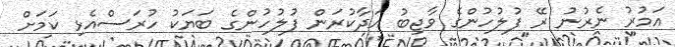
އަމުރު ނެރުނު ރޭ ފުލުހުންގެ ވާޖިބު އަދާކުރަން ފުލުހުންގެ ބަޔަކު ހުރަސްއެޅި ކަމަށް